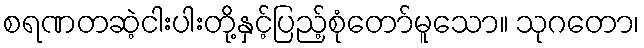
စရဏတဆဲ့ငါးပါးတို့နှင့်ပြည့်စုံတော်မူသော။ သုဂတော၊